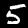
Label: 5